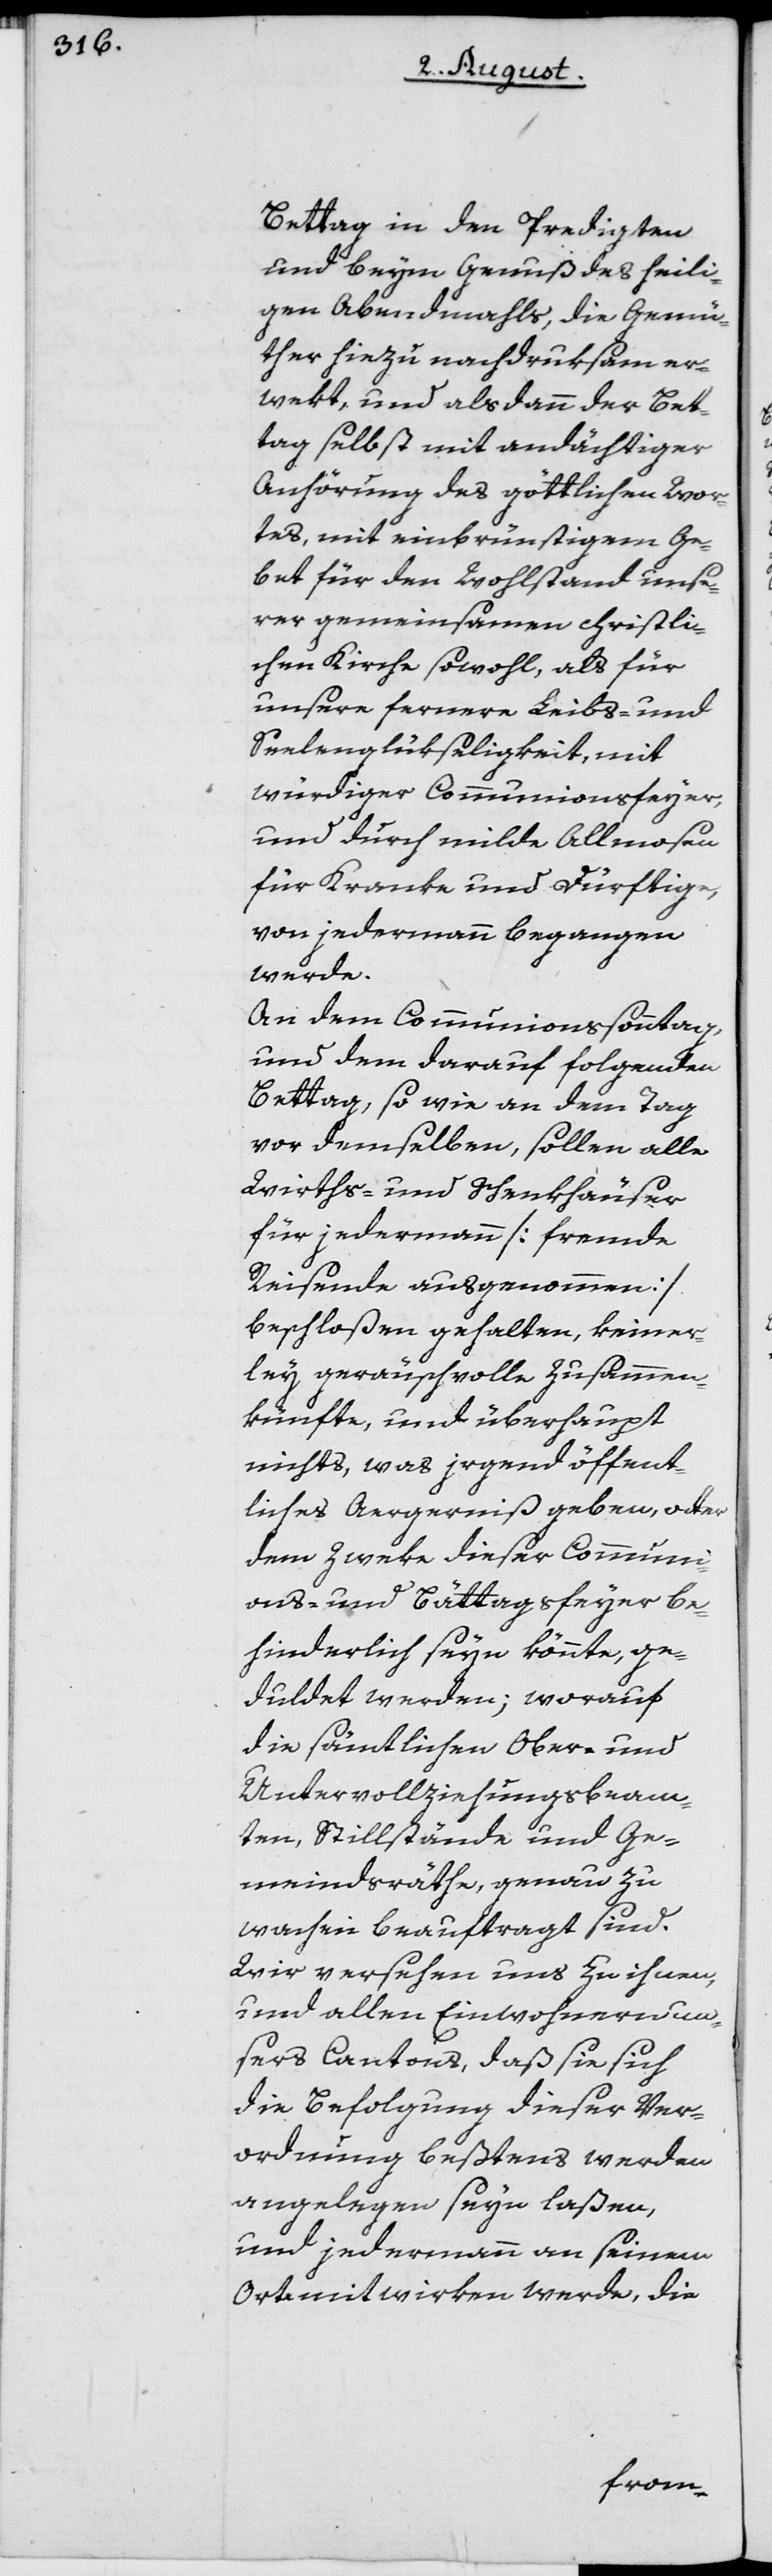
Bettag in den Predigten
und beym Genuß des heili¬
gen Abendmahls, die Gemü¬
ther hiezu nachdruksam er¬
weckt, und alsdann der Bet¬
tag selbst mit andächtiger
Anhörung des göttlichen Wor¬
tes, mit einbrünstigem Ge¬
bet für den Wohlstand unse¬
rer gemeinsamen christli¬
chen Kirche sowohl, als für
unsere fernere Leibs- und
Seelenglükseligkeit, mit
würdiger Communionsfeyer,
und durch milde Allmosen
für Kranke und Dürftige,
von jedermann begangen
werde.
An dem Communionssonntag,
und dem darauf folgenden
Bettag, so wie an dem Tag
vor demselben, sollen alle
Wirths- und Schenkhäuser
für jedermann [fremde
Reisende ausgenommen]
beschloßen gehalten, keiner¬
ley geräuschvolle Zusammen¬
künfte, und überhaupt
nichts, was irgend öffent¬
liches Aergerniß geben, oder
dem Zweke dieser Communi¬
ons- und Bättagsfeyer be¬
hinderlich seyn könnte, ge¬
duldet werden; worauf
die sämtlichen Ober- und
Untervollziehungsbeam¬
ten, Stillstände und Ge¬
meindsräthe, genau zu
wachen beauftragt sind.
Wir versehen uns zu ihnen,
und allen Einwohnern un¬
sers Cantons, daß sie sich
die Befolgung dieser Ver¬
ordnung beßtens werden
angelegen seyn laßen,
und jedermann an seinem
Orte mitwirken werde, die